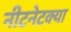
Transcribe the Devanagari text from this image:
नीटनेटक्या